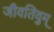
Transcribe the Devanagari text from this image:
जीवतिवुम्